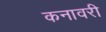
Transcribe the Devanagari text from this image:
कनावरी